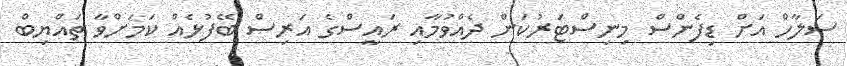
ސަލާހް އަށް ޑިފެންސް މިނިސްޓަރުކަން ދެއްވުމާއި ރައީސްގެ އަރިސް ބޭފުޅެއް ކަމަށްވާ ތައްޔިބް